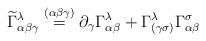
LaTeX: \begin{align*}\widetilde \Gamma^\lambda_{\alpha\beta\gamma} \stackrel{(\alpha\beta\gamma)}{=} \partial_\gamma \Gamma^\lambda_{\alpha\beta} + \Gamma^\lambda_{(\gamma\sigma)} \Gamma^\sigma_{\alpha\beta}\end{align*}